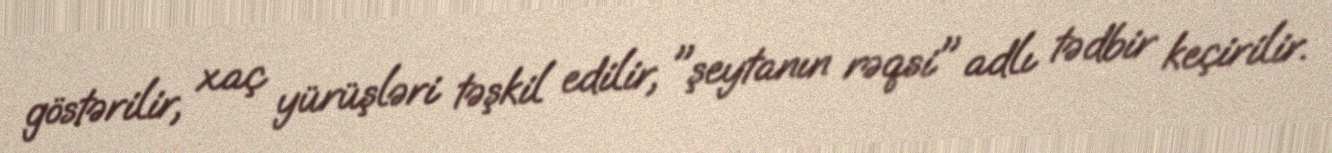
göstərilir, xaç yürüşləri təşkil edilir, "şeytanın rəqsi" adlı tədbir keçirilir.